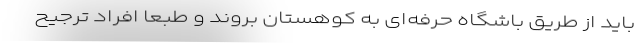
باید از طریق باشگاه حرفه‌ای به کوهستان بروند و طبعاً افراد ترجیح